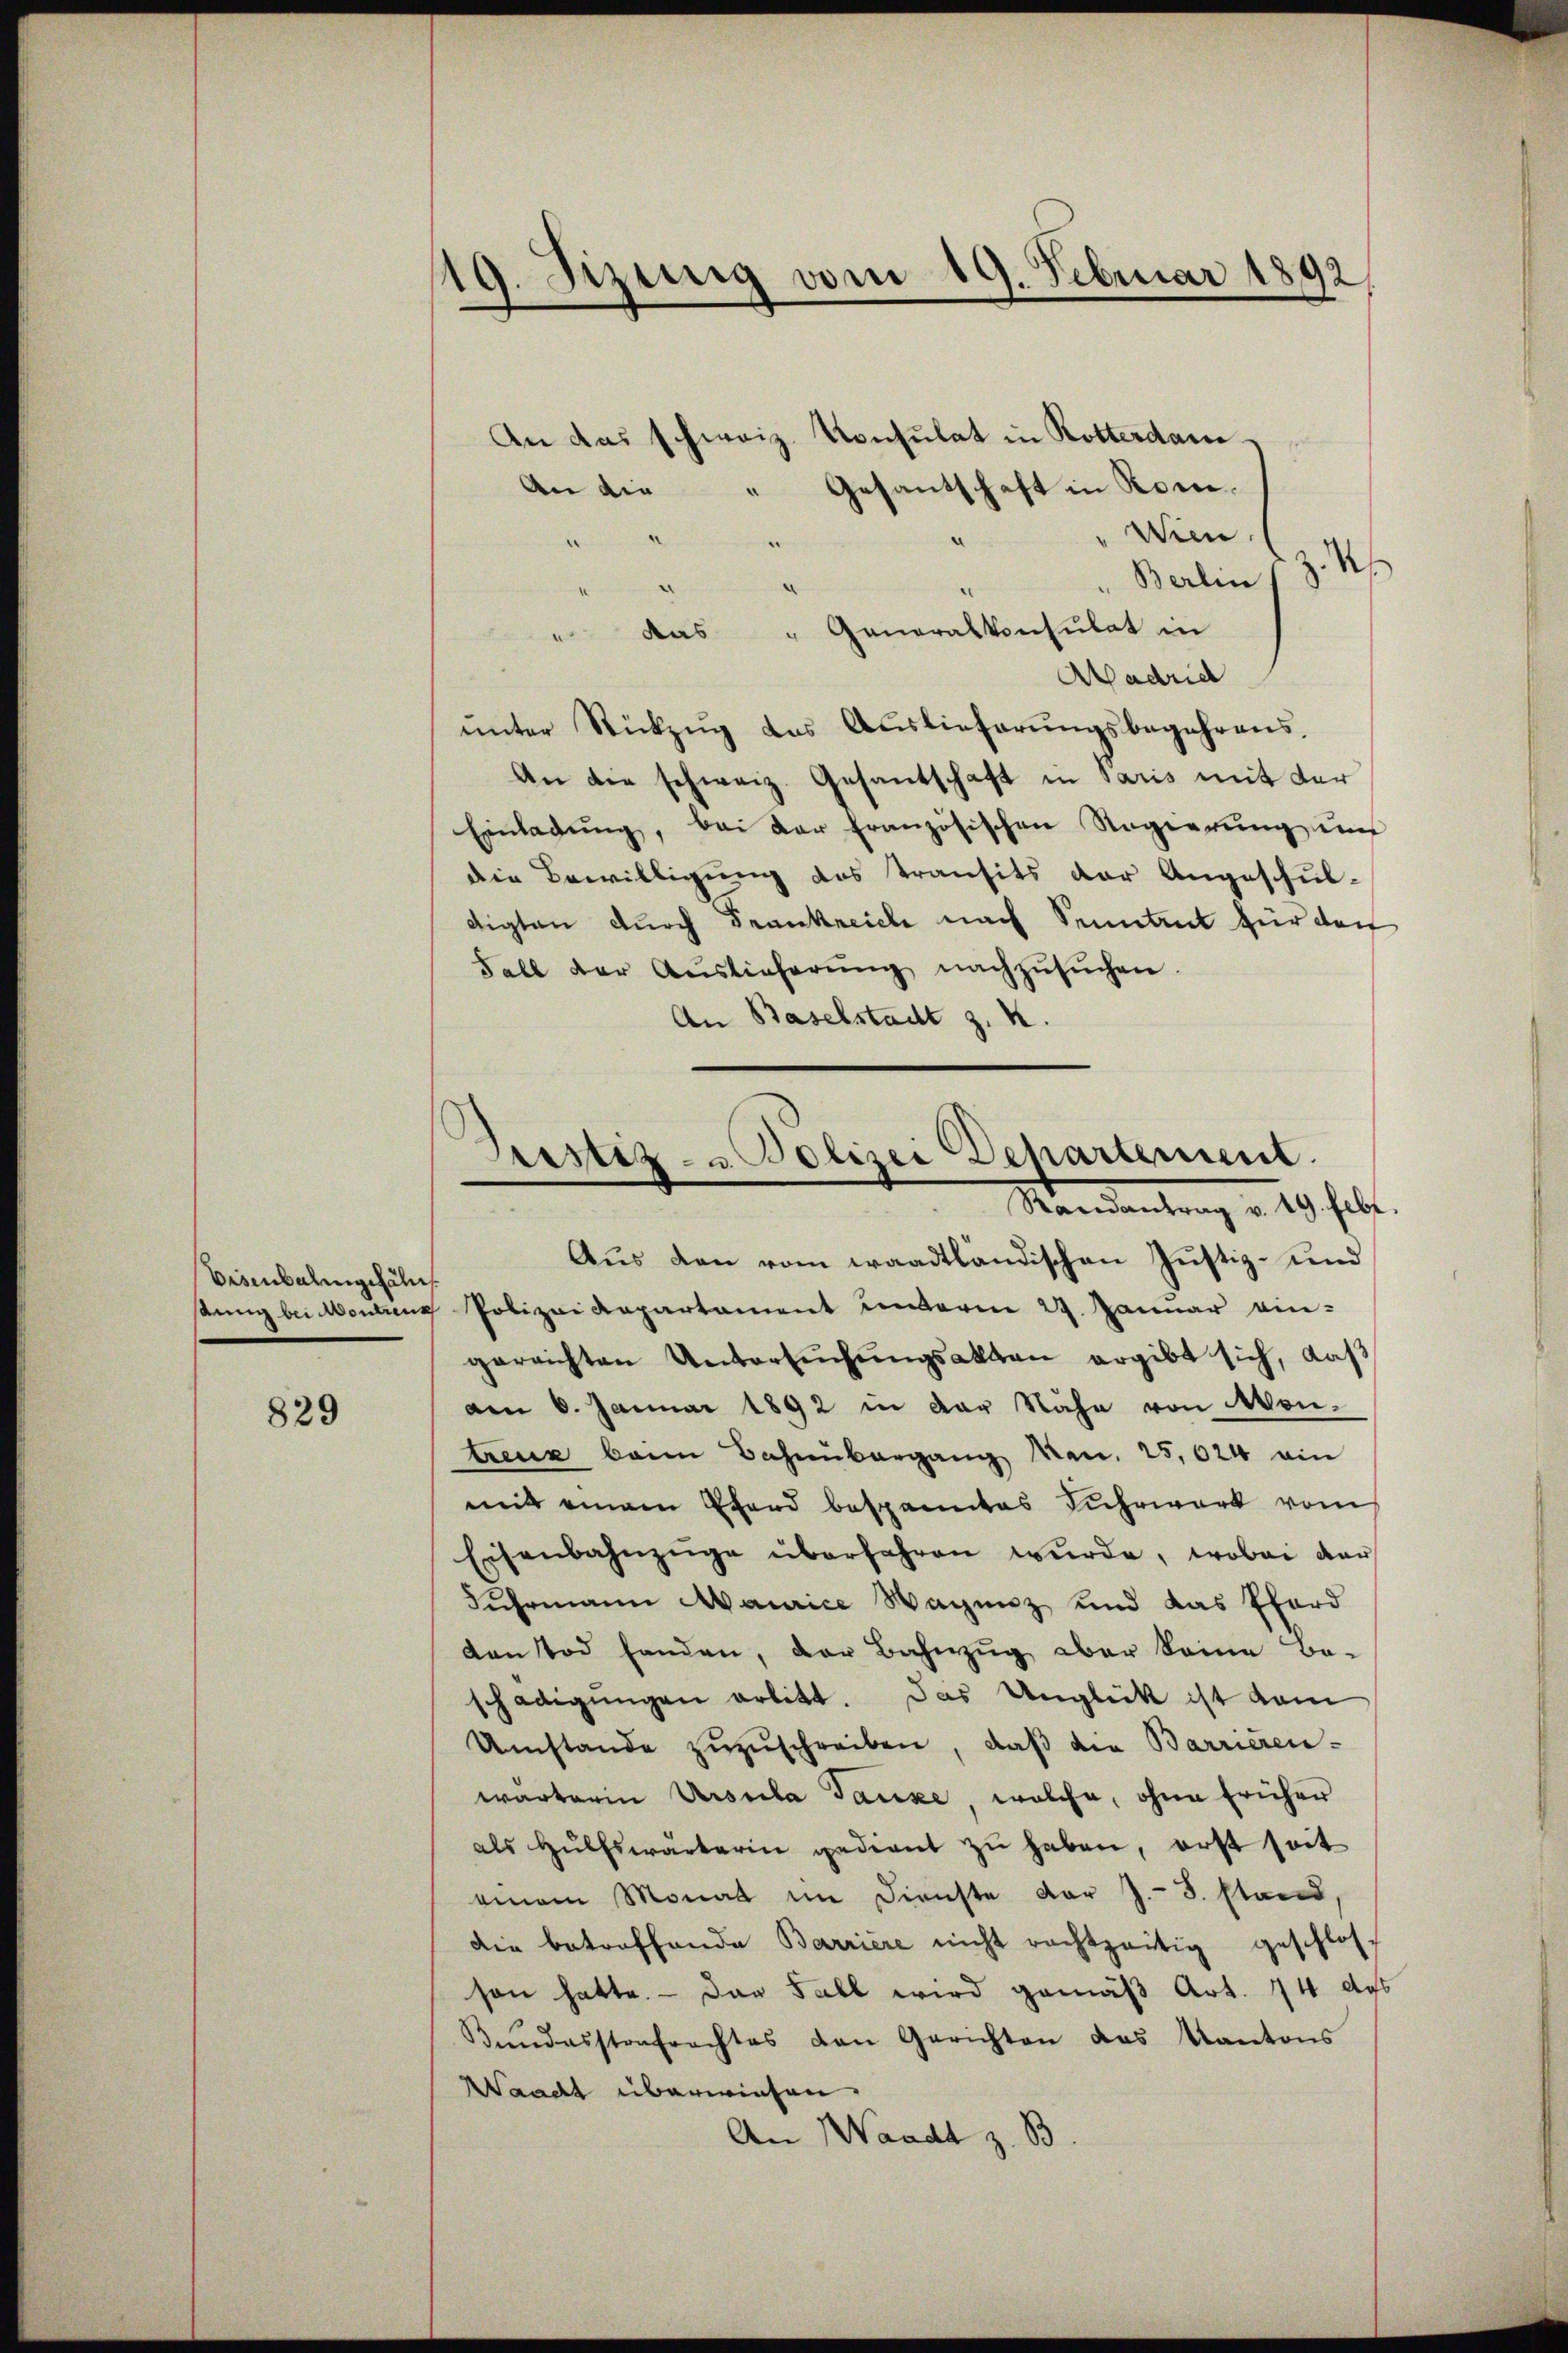
Eisenbahngefäl

829

An das schweiz. Konsulat in Rotterdan¬
An die " Gesantschaft in Rone.
Wien.
.
Berlin
das " Generalkonsulat in
Madrid
unter Rückzug des Auslieferungsbegehrens,
An die schweiz. Gesantschaft in Paris mit der
Einladŭng, bei der französischen Regierŭng und
die Bewilligung des Transits der Angeschuldigten durch Frankreich nach Seitet für den
Fall der Aŭslieferŭng nachzŭsŭchen.
An Baselstadt z. K.

19. Jizung vom 19. Februar 1892

d
Justiz- & Polizei Departement.
Mandantrag v. 19. hebt.
Aŭs den vom waadtländischen Justiz- und

tung bei Montanz Polizei Repartament unterm 27. Januar ein-
gereichten Untersŭchŭngsakten ergibt sich, daß
am 6. Januar 1892 in der Nähe von Montreue beim Bahnübergang Man. 25,024 ein
mit einem Pferd bespanntes Fuhrwerk vom
Eisenbahnzüge überfahren wŭrde, wobei der
Fuhrmann Maurice Wagenz und das Pferd
den Tod handen, der Bahnzug aber keine Be-
schädigungen erlitt. Das Unglück ist dam
Umstande zuzuschreiben, daß die Barrieren-
warterin Ursula Ganze, welche, ohne früher
als Hülfswärterin gedient zŭ haben, erst seit
einem Monat im Dienste vor J.- 3. stand,
die betreffende Barriere nicht rechtzeitig geschlos
son hatte. — Das Fall wird gemäß Art. 74 des
Bundesstrafrachtes den Gerichten das Kantons
Waadt überwiesen.
An Waadt z. B